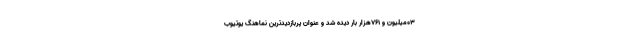
03میلیون و 761هزار بار دیده شد و عنوان پربازدیدترین نماهنگ یوتیوب